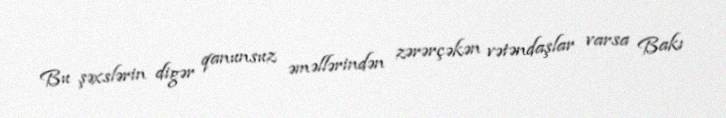
Bu şəxslərin digər qanunsuz əməllərindən zərərçəkən vətəndaşlar varsa Bakı